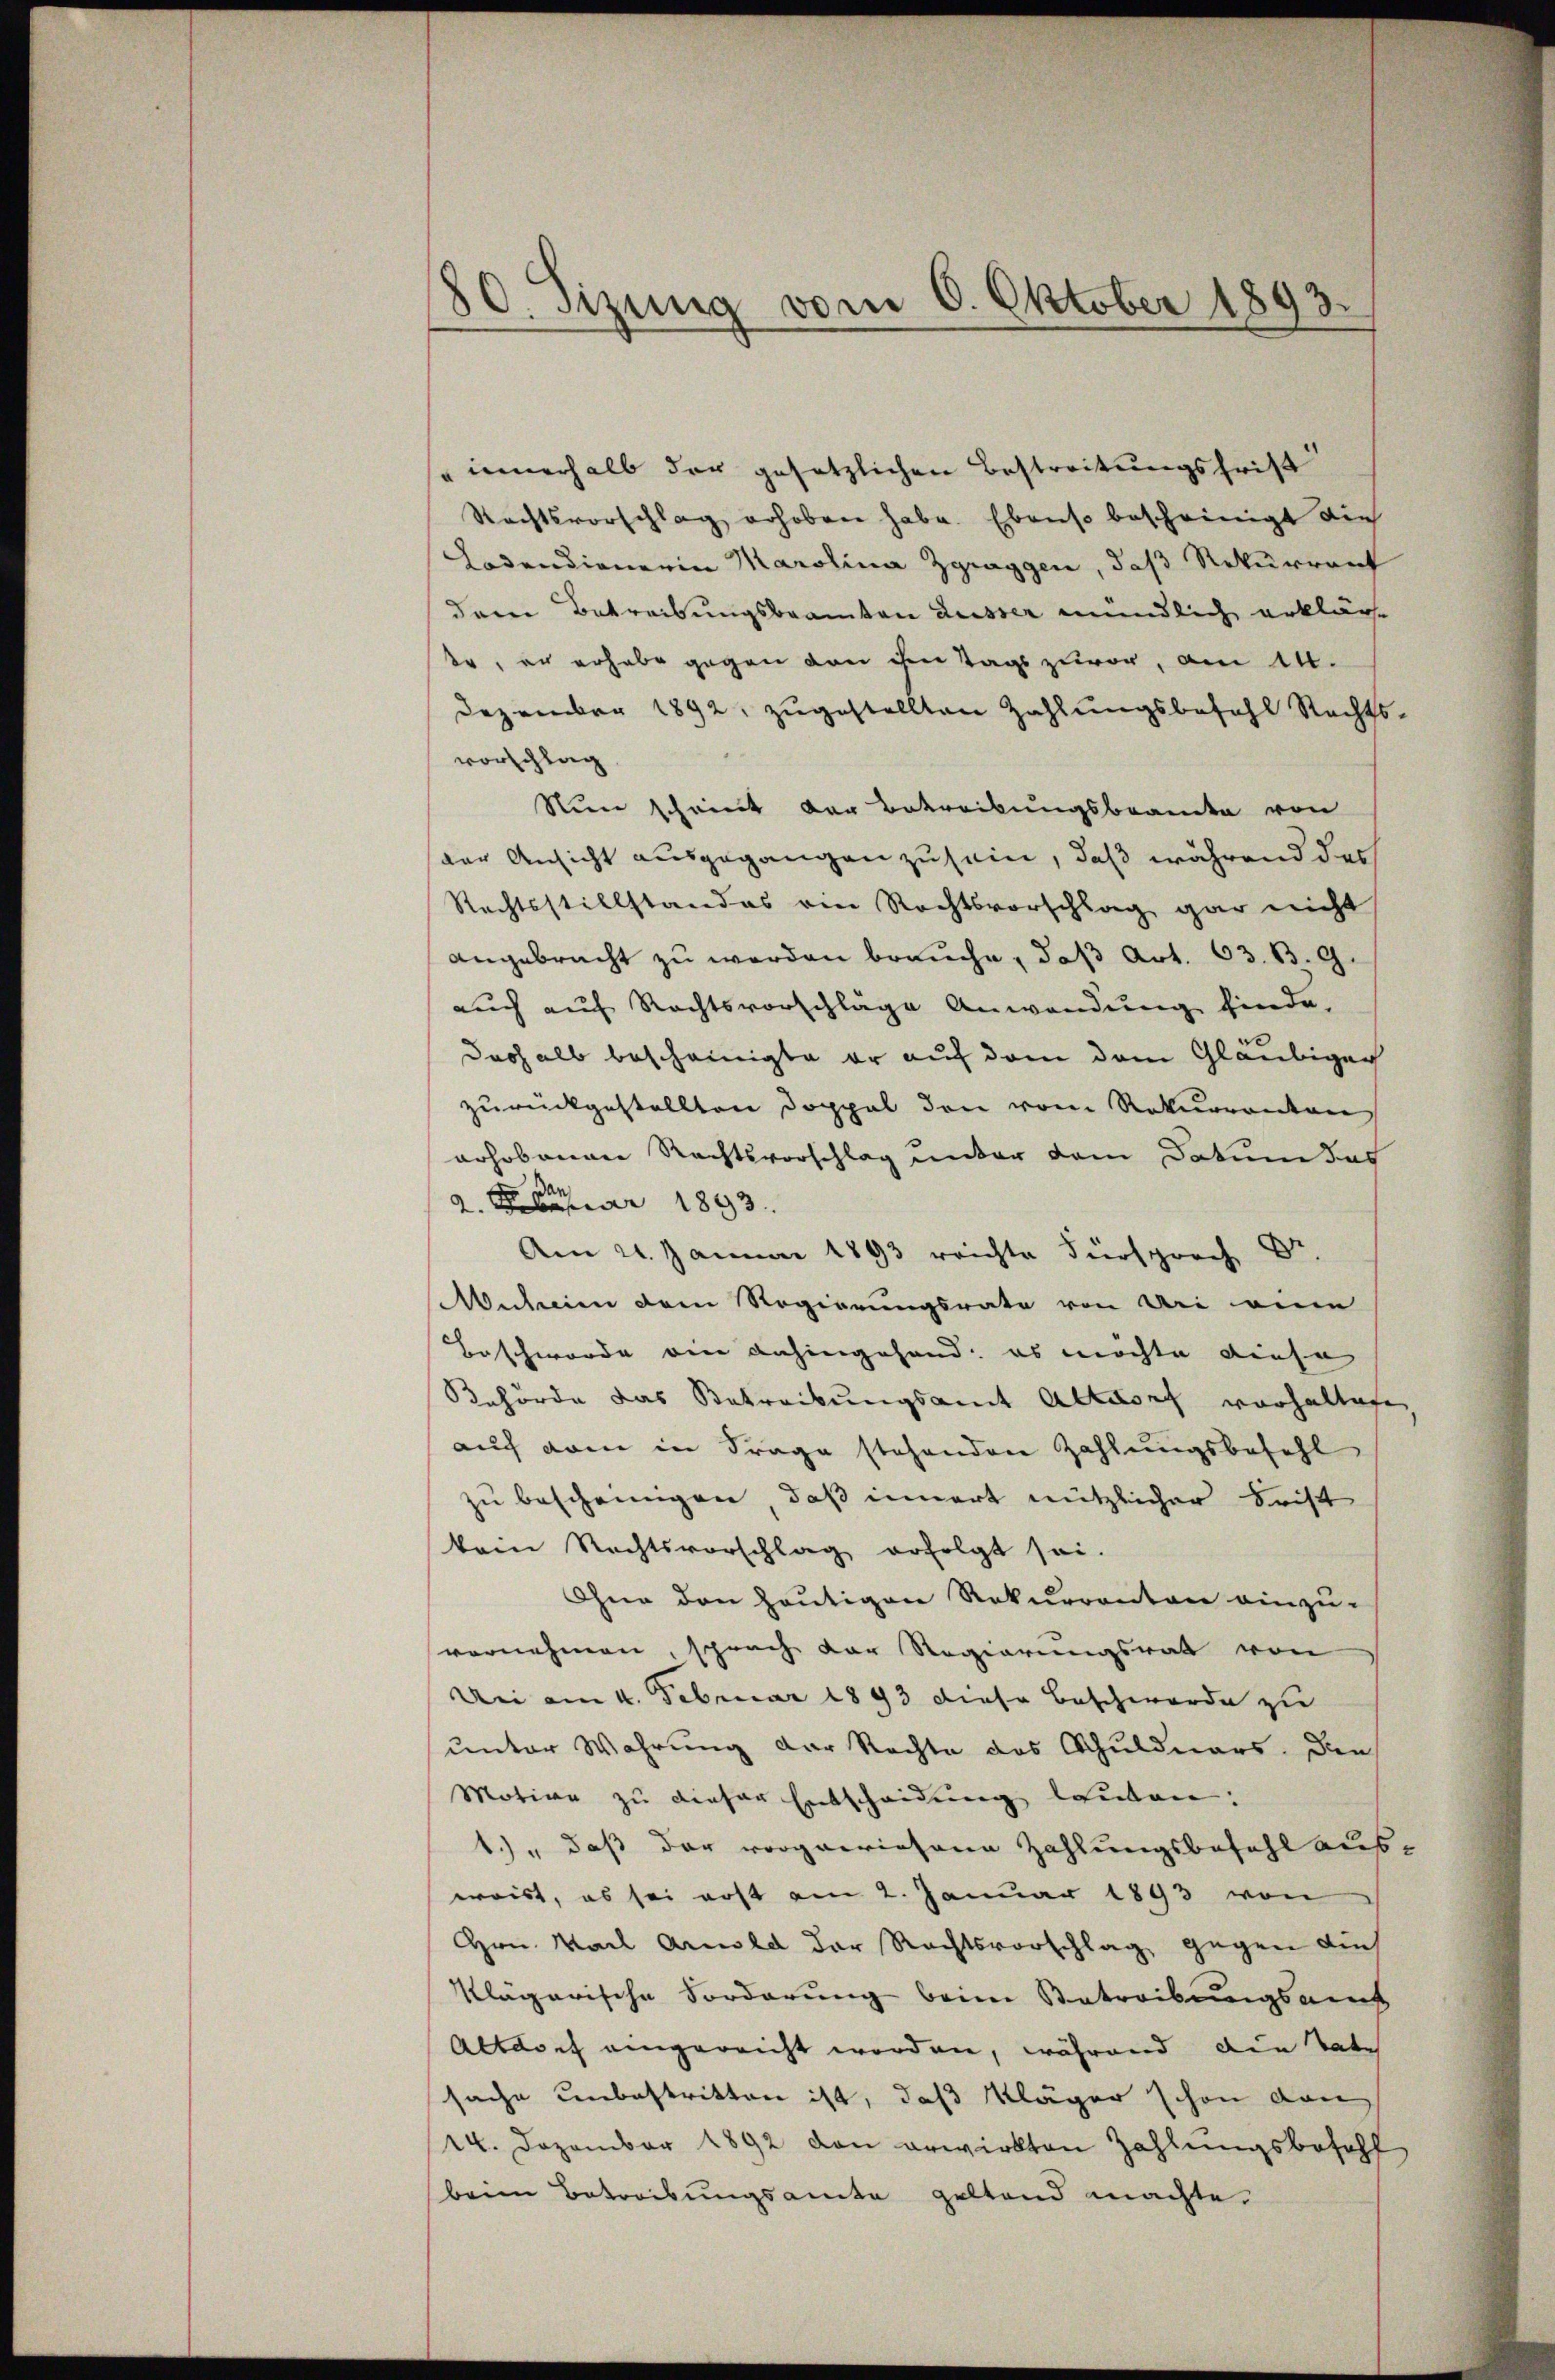
80. Sizung vom 6. Oktober 1893.

" innerhalb der gesetzlichen Bestreitungsfrist
Rechtsvorschlag erhoben habe. Ebenso bescheinigt die
Lodendienerin Marolina Zgraggen, daß Rekurrent
dem Betreibungsbeamten Lusser mündlich erkläre
br, er erhabe gegen von ihm Tags zuvor, am 14.
Dezember 1892, zugestellten Zahlungsbefehl Rechts-
vorschlag
Nun scheint der Betreibungsbrancke von
der Ansicht ausgegangen zu sein, daß während des
Rechtsstillstandes ein Rechtsvorschlag gar nicht
angebracht zu werden brauche, daß Art. 63. B. G.
auch auf Rechtsvorschläge Anwendung finde,
Doshalb bescheinigte er auf den dem Gläubiger
zurückgestellten Doppel den vom Rekurrenten
aohobangen Rechtsvorschlag unter dem Datum das
2. Februar 1893.
Am 21. Januar 1893 reichte Fürsprech Dr.
Muheien dem Regierungsrate von Uri eine
Beschwerde ein dahingehand: es möchte diese
Behörde das Betreibungsamt Altdorf vorhaltige,
auf dem in Frage stehenden Zahlungsbefehl
zu bescheinigen, daß innert nützlicher Frist
kam Rechtsvorschlag erfolgt sei.
Ohne den heutigen Rekurrenten einzu-
vornehmen, sprach der Regierungsrath von
Uri am 4. Februar 1893 diese Beschwerde zu
unter Wahrung der Rechte des Schuldners. Den
Motive zu dieser Entscheidung lauten:
1.) " daß der vorgaeriasane Zahlungsbefehl aus-
waist, es sei erst am 2. Januar 1893 von
Hrn. Karl Arnold der Rechtsvorschlag gegen die
klägerische Forderung beim Betreibungsamt
Altdorf eingereicht worden, während die Vate
sache unbestritten ist, daß Kläger schon von
14. Dezember 1892 den erwirkten Zahlungsbefehl
beim Betreibungsamte geltend machte.